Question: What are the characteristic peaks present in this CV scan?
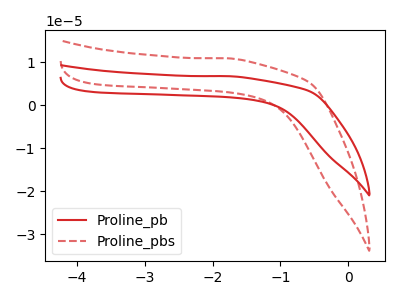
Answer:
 <answer>The red curve "Proline_pb" has no peaks. The red dashed curve "Proline_pbs" has no peaks.</answer>
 <eval></eval>